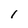
Character: I